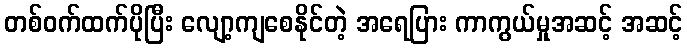
တစ်ဝက်ထက်ပိုပြီး လျော့ကျစေနိုင်တဲ့ အရေပြား ကာကွယ်မှုအဆင့် အဆင့်